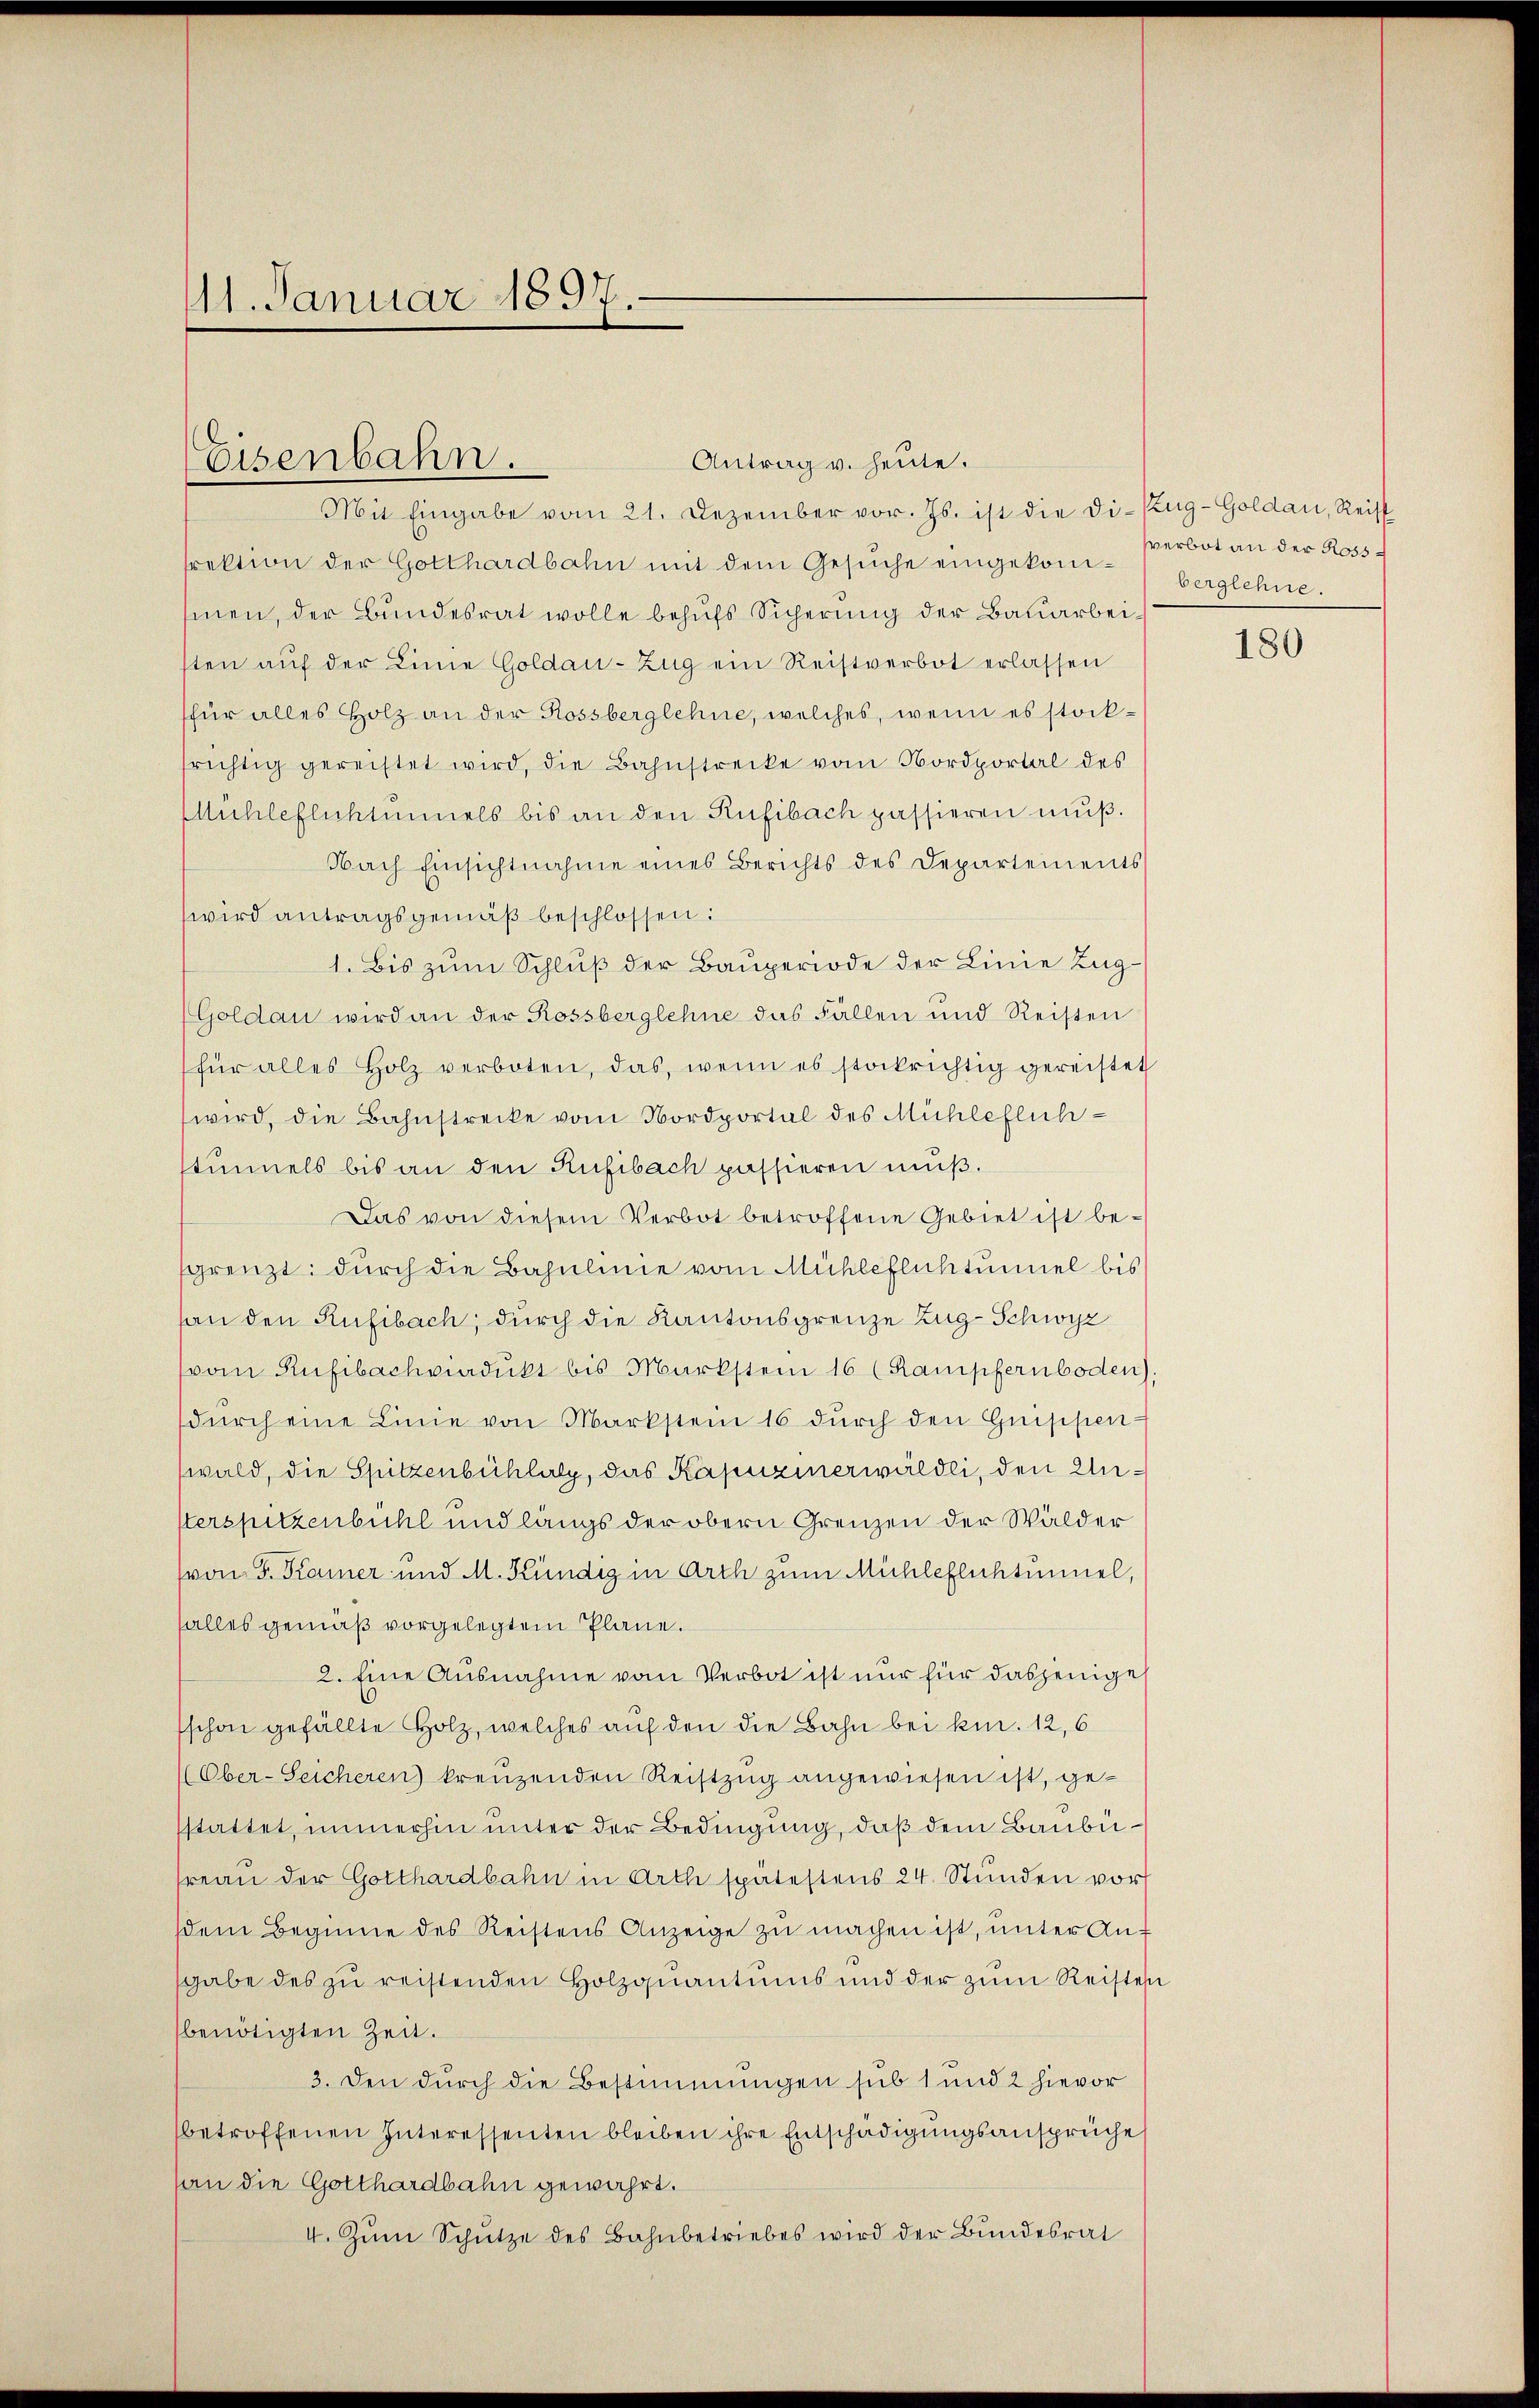
11. Januar 1891

srektion der Gotthardbahn mit dem Gesŭche eingekom-Perbot an der Ross
sien, der Bundesrat wolle behufs Sicherung der Bauarbeisten aŭf der Linie Goldau-Zug ein Reistverbot erlassen
(für alles Holz an der Rossberglehne, welches, wenn es stockfrichtig gereistet wird, die Bahnstrecke vom Nordportal des
Mühleflichtimmels bis an den Rufibach passieren muß.
Nach Einsichtnahme eines Berichts des Departements
wird antragsgemäß beschlossen:
1. Bis zum Schluß der Bauperiode der Linie Zug¬
Goldau wird an der Rossberglehne das Fällen und Reisten
für alles Holz verboten, das, wenn es stokrichtig gereistet
wird, die Bahnstrecke vom Nordportal des Mühleflichstimmels bis an den Rufibach passieren muß.
Das von diesem Verbot betroffene Gebiet ist be-
sgrenzt: durch die Bahnlinie vom Mühleflichtunnel bis
son den Rufibach, durch die Kantonsgrenze Zug-Schwyz
(vom Rufibachviadŭkt bis Markstein 16 (Kampfernboden).
dŭrch eine Linie von Markstein 16 dŭrch den Grippen-
wald, die Spitzenbühlalz, das Kapuzinerwäldli, den Unsterspitzenbühl und längs der obern Grenzen der Wälder
(von F. Kamer und M. Kündig in Arth zum Mühleflichtunnel,
falles gemäß vorgelegtem Plane.
2. Eine Ausnahme vom Verbot ist nur für dasjenige
schon gefällte Holz, welches auf den die Bahn bei kn. 12, 6
(Ober-Seicheren kreuzenden Reistzŭg angewiesen ist, gesstattet, immerhin unter der Bedingung, daß dem Baubefreau der Gotthardbahn in Arth spätestens 24. Stunden vor
sdem Beginne des Reistens Anzeige zŭ machen ist, unter Ansgabe des zu reistenden Holzquantums und der zum Reistes
benötigten Zeit.
3. Den durch die Bestimmungen sub 1 und 2 hievor
betroffenen Interessenten bleiben ihre Entschädigungsansprüche
(an die Gotthardbahn gewährt.
I. Zum Schütze des Bahnbetriebes wird der Bundesrat

Eisenbahn.

Antrag v. heute.
Mit Eingabe vom 21. Dezember vor. Js. ist die di-Zŭg-Goldau, Reist

Verglehne.

180